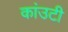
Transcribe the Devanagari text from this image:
कांउटी